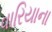
વારિયાના